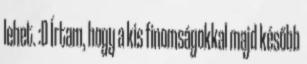
lehet. :D Írtam, hogy a kis finomságokkal majd később